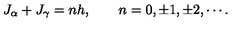
J _ { \alpha } + J _ { \gamma } = n h , \qquad n = 0 , \pm 1 , \pm 2 , \cdots .